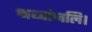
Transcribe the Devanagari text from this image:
श्रध्दांजलि।